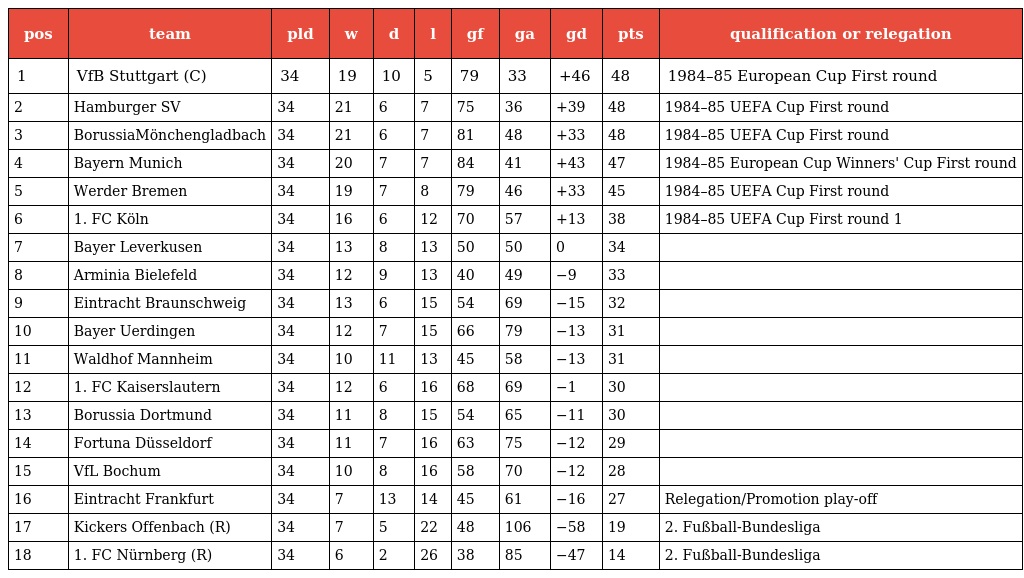
| pos | team | pld | w | d | l | gf | ga | gd | pts | qualification or relegation |
 | --- | --- | --- | --- | --- | --- | --- | --- | --- | --- | --- |
 | 1 | VfB Stuttgart (C) | 34 | 19 | 10 | 5 | 79 | 33 | +46 | 48 | 1984–85 European Cup First round |
 | 2 | Hamburger SV | 34 | 21 | 6 | 7 | 75 | 36 | +39 | 48 | 1984–85 UEFA Cup First round |
 | 3 | BorussiaMönchengladbach | 34 | 21 | 6 | 7 | 81 | 48 | +33 | 48 | 1984–85 UEFA Cup First round |
 | 4 | Bayern Munich | 34 | 20 | 7 | 7 | 84 | 41 | +43 | 47 | 1984–85 European Cup Winners' Cup First round |
 | 5 | Werder Bremen | 34 | 19 | 7 | 8 | 79 | 46 | +33 | 45 | 1984–85 UEFA Cup First round |
 | 6 | 1. FC Köln | 34 | 16 | 6 | 12 | 70 | 57 | +13 | 38 | 1984–85 UEFA Cup First round 1 |
 | 7 | Bayer Leverkusen | 34 | 13 | 8 | 13 | 50 | 50 | 0 | 34 |  |
 | 8 | Arminia Bielefeld | 34 | 12 | 9 | 13 | 40 | 49 | −9 | 33 |  |
 | 9 | Eintracht Braunschweig | 34 | 13 | 6 | 15 | 54 | 69 | −15 | 32 |  |
 | 10 | Bayer Uerdingen | 34 | 12 | 7 | 15 | 66 | 79 | −13 | 31 |  |
 | 11 | Waldhof Mannheim | 34 | 10 | 11 | 13 | 45 | 58 | −13 | 31 |  |
 | 12 | 1. FC Kaiserslautern | 34 | 12 | 6 | 16 | 68 | 69 | −1 | 30 |  |
 | 13 | Borussia Dortmund | 34 | 11 | 8 | 15 | 54 | 65 | −11 | 30 |  |
 | 14 | Fortuna Düsseldorf | 34 | 11 | 7 | 16 | 63 | 75 | −12 | 29 |  |
 | 15 | VfL Bochum | 34 | 10 | 8 | 16 | 58 | 70 | −12 | 28 |  |
 | 16 | Eintracht Frankfurt | 34 | 7 | 13 | 14 | 45 | 61 | −16 | 27 | Relegation/Promotion play-off |
 | 17 | Kickers Offenbach (R) | 34 | 7 | 5 | 22 | 48 | 106 | −58 | 19 | 2. Fußball-Bundesliga |
 | 18 | 1. FC Nürnberg (R) | 34 | 6 | 2 | 26 | 38 | 85 | −47 | 14 | 2. Fußball-Bundesliga |